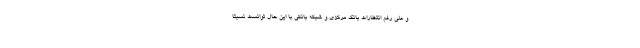
و علی رغم انتظارات بانک مرکزی و شبکه بانکی با این حال توانست نسبتاً